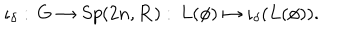
\iota _ { \delta } : \, G \to S p ( 2 n , { \bf R } ) : \, L ( \phi ) \mapsto \iota _ { \delta } ( L ( \phi ) ) .